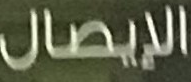
الإيصال